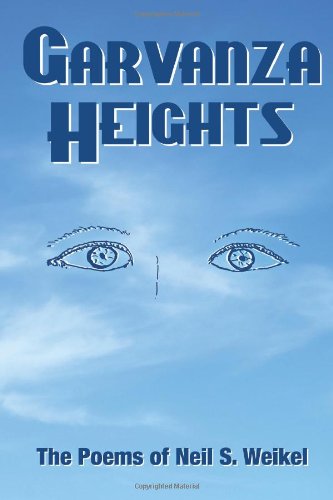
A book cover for Garvanza Heights; Neil S. Weikel; Gay & Lesbian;